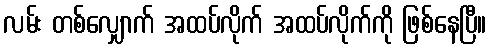
လမ်း တစ်လျှောက် အထပ်လိုက် အထပ်လိုက်ကို ဖြစ်နေပြီ။